Medical and sanitary report of the native army of Bengal for the year
Year: 1875
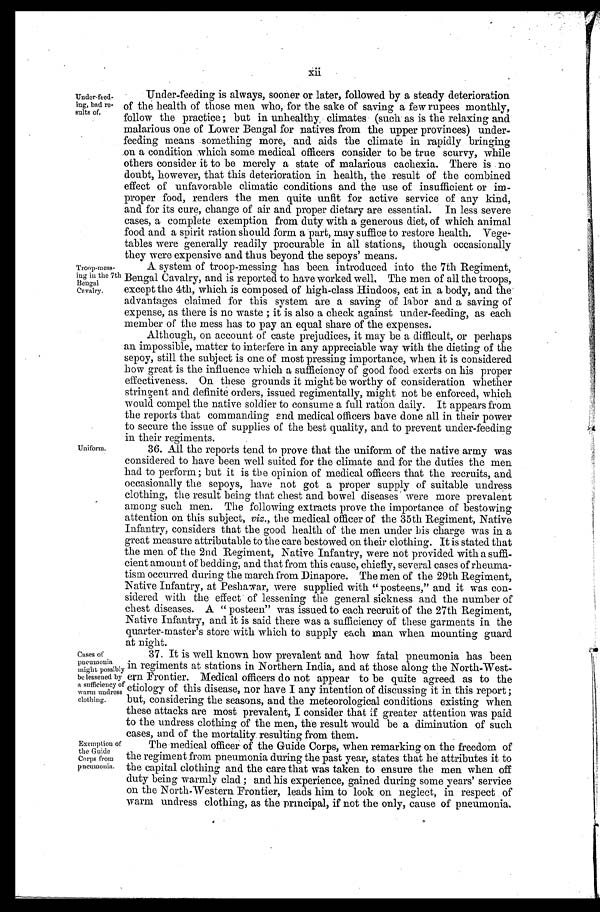
Under-feed
-ing, bad re
- s u l t s o f .
Troop-mess
-ing in the 7th
Bengal
Cavalry.
Uniform.
Cases of
pneumonia
might possibl
y be lessened by
a sufficiency of
warm undress
clothing.
Exemption of
the Guide
Corps from
pneumonia.
Under-feeding is always, sooner or later, followed by a steady deterioration
of the health of those men who, for the sake of saving a few rupees monthly,
follow the practice; but in unhealthy , climates (such as is the relaxing and
malarious one of Lower Bengal for natives from the upper provinces) under
- f e e d i n g m e a n s s o m e t h i n g m o r e , a n d a i d s t h e c l i m a t e i n r a p i d l y b r i n g i n g
on a condition which some medical officers consider to be true scurvy, while
others consider it to be merely a state of malarious cachexia. There is no
doubt, however, that this deterioration in health, the result of the combined
effect of unfavorable climatic conditions and the use of insufficient or im
- p r o p e r f o o d , r e n d e r s t h e m e n q u i t e u n f i t f o r a c t i v e s e r v i c e o f a n y k i n d ,
and for its cure, change of air and proper dietary are essential. In less severe
cases, a complete exemption from duty with a generous diet, of which animal
food and a spirit ration should form a part, may suffice to restore health. Vege
- t a b l e s w e r e g e n e r a l l y r e a d i l y p r o c u r a b l e i n a l l s t a t i o n s , t h o u g h o c c a s i o n a l l y
they were expensive and thus beyond the sepoys' means.
A system of troop-messing has been introduced into the 7th Regiment,
Bengal Cavalry, and is reported to have worked well. The men of all the troops,
except the 4th, which is composed of high-class Hindoos, eat in a body, and the
advantages claimed for this system are a saving of labor and a saving of
expense, as there is no waste; it is also a check against under-feeding, as each
member of the mess has to pay an equal share of the expenses.
Although, on account of caste prejudices, it may be a difficult, or perhaps
an impossible, matter to interfere in any appreciable way with the dieting of the
sepoy, still the subject is one of most pressing importance, when it is considered
how great is the influence which a sufficiency of good food exerts on his proper
effectiveness. On these grounds it might be worthy of consideration whether
stringent and definite orders, issued regimentally, might not be enforced, which
would compel the native soldier to consume a full ration daily. It appears from
the reports that commanding end medical officers have done all in their power
to secure the issue of supplies of the best quality, and to prevent under-feeding
in their regiments.
36. All the reports tend to prove that the uniform of the native army was
considered to have been well suited for the climate and for the duties the men
had to perform; but it is the opinion of medical officers that the recruits, and
occasionally the sepoys, have not got a proper supply of suitable undress
clothing, the result being that chest and bowel diseases were more prevalent
among such men. The following extracts prove the importance of bestowing
attention on this subject, viz., the medical officer of the 35th Regiment, Native
Infantry, considers that the good health of the men under his charge was in a
great measure attributable to the care bestowed on their clothing. It is stated that
the men of the 2nd Regiment, Native Infantry, were not provided with a suffi
-cient amount of bedding, and that from this cause, chiefly, several cases of rheuma
-tism occurred during the march from Dinapore. The men of the 29th Regiment,
Native Infantry, at Peshawar, were supplied with "posteens," and it was con
-sidered with the effect of lessening the general sickness and the number of
chest diseases. A "posteen" was issued to each recruit of the 27th Regiment,
Native Infantry, and it is said there was a sufficiency of these garments in the
quarter-master's store with which to supply each man when mounting guard
at night.
37. It is well known how prevalent and how fatal pneumonia has been
in regiments at stations in Northern India, and at those along the North-West
-ern Frontier. Medical officers do not appear to be quite agreed as to the
etiology of this disease, nor have I any intention of discussing it in this report;
but, considering the seasons, and the meteorological conditions existing when
these attacks are most prevalent, I consider that if greater attention was paid
to the undress clothing of the men, the result would be a diminution of such
cases, and of the mortality resulting from them.
The medical officer of the Guide Corps, when remarking on the freedom of
the regiment from pneumonia during the past year, states that he attributes it to
the capital clothing and the care that was taken to ensure the men when off
duty being warmly clad; and his experience, gained during some years' service
on the North-Western Frontier, leads him to look on neglect, in respect of
warm undress clothing, as the principal, if not the only, cause of pneumonia.